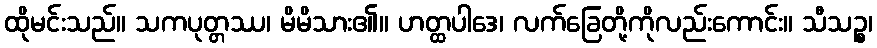
ထိုမင်းသည်။ သကပုတ္တဿ၊ မိမိသား၏။ ဟတ္ထပါဒေ၊ လက်ခြေတို့ကိုလည်းကောင်း။ သီသဉ္စ၊